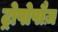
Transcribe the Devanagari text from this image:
ट्रोपोपौज़